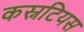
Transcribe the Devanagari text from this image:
कस्नटियस